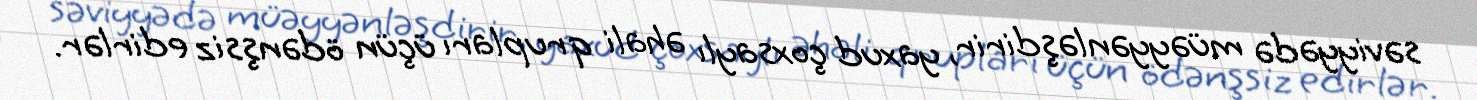
səviyyədə müəyyənləşdirir, yaxud çoxsaylı əhali qrupları üçün ödənşsiz edirlər.